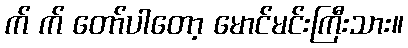
က် က် တော်ပါတော့ မောင်မင်းကြီးသား။